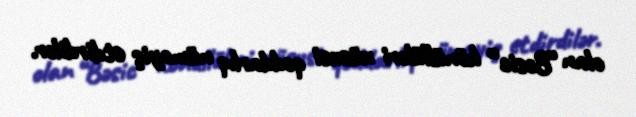
olan “Bəsic” könüllüləri xüsusi qəddarlıq nümayiş etdirdilər.